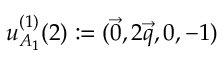
u _ { A _ { 1 } } ^ { ( 1 ) } ( 2 ) : = ( \vec { 0 } , 2 \vec { q } , 0 , - 1 )